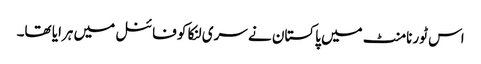
اس ٹورنامنٹ میں پاکستان نے سری لنکا کو فائنل میں ہرایا تھا۔